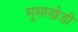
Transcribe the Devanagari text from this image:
मूसाखेडी